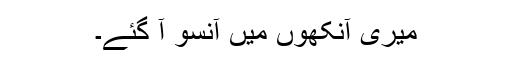
میری آنکھوں میں آنسو آ گئے۔